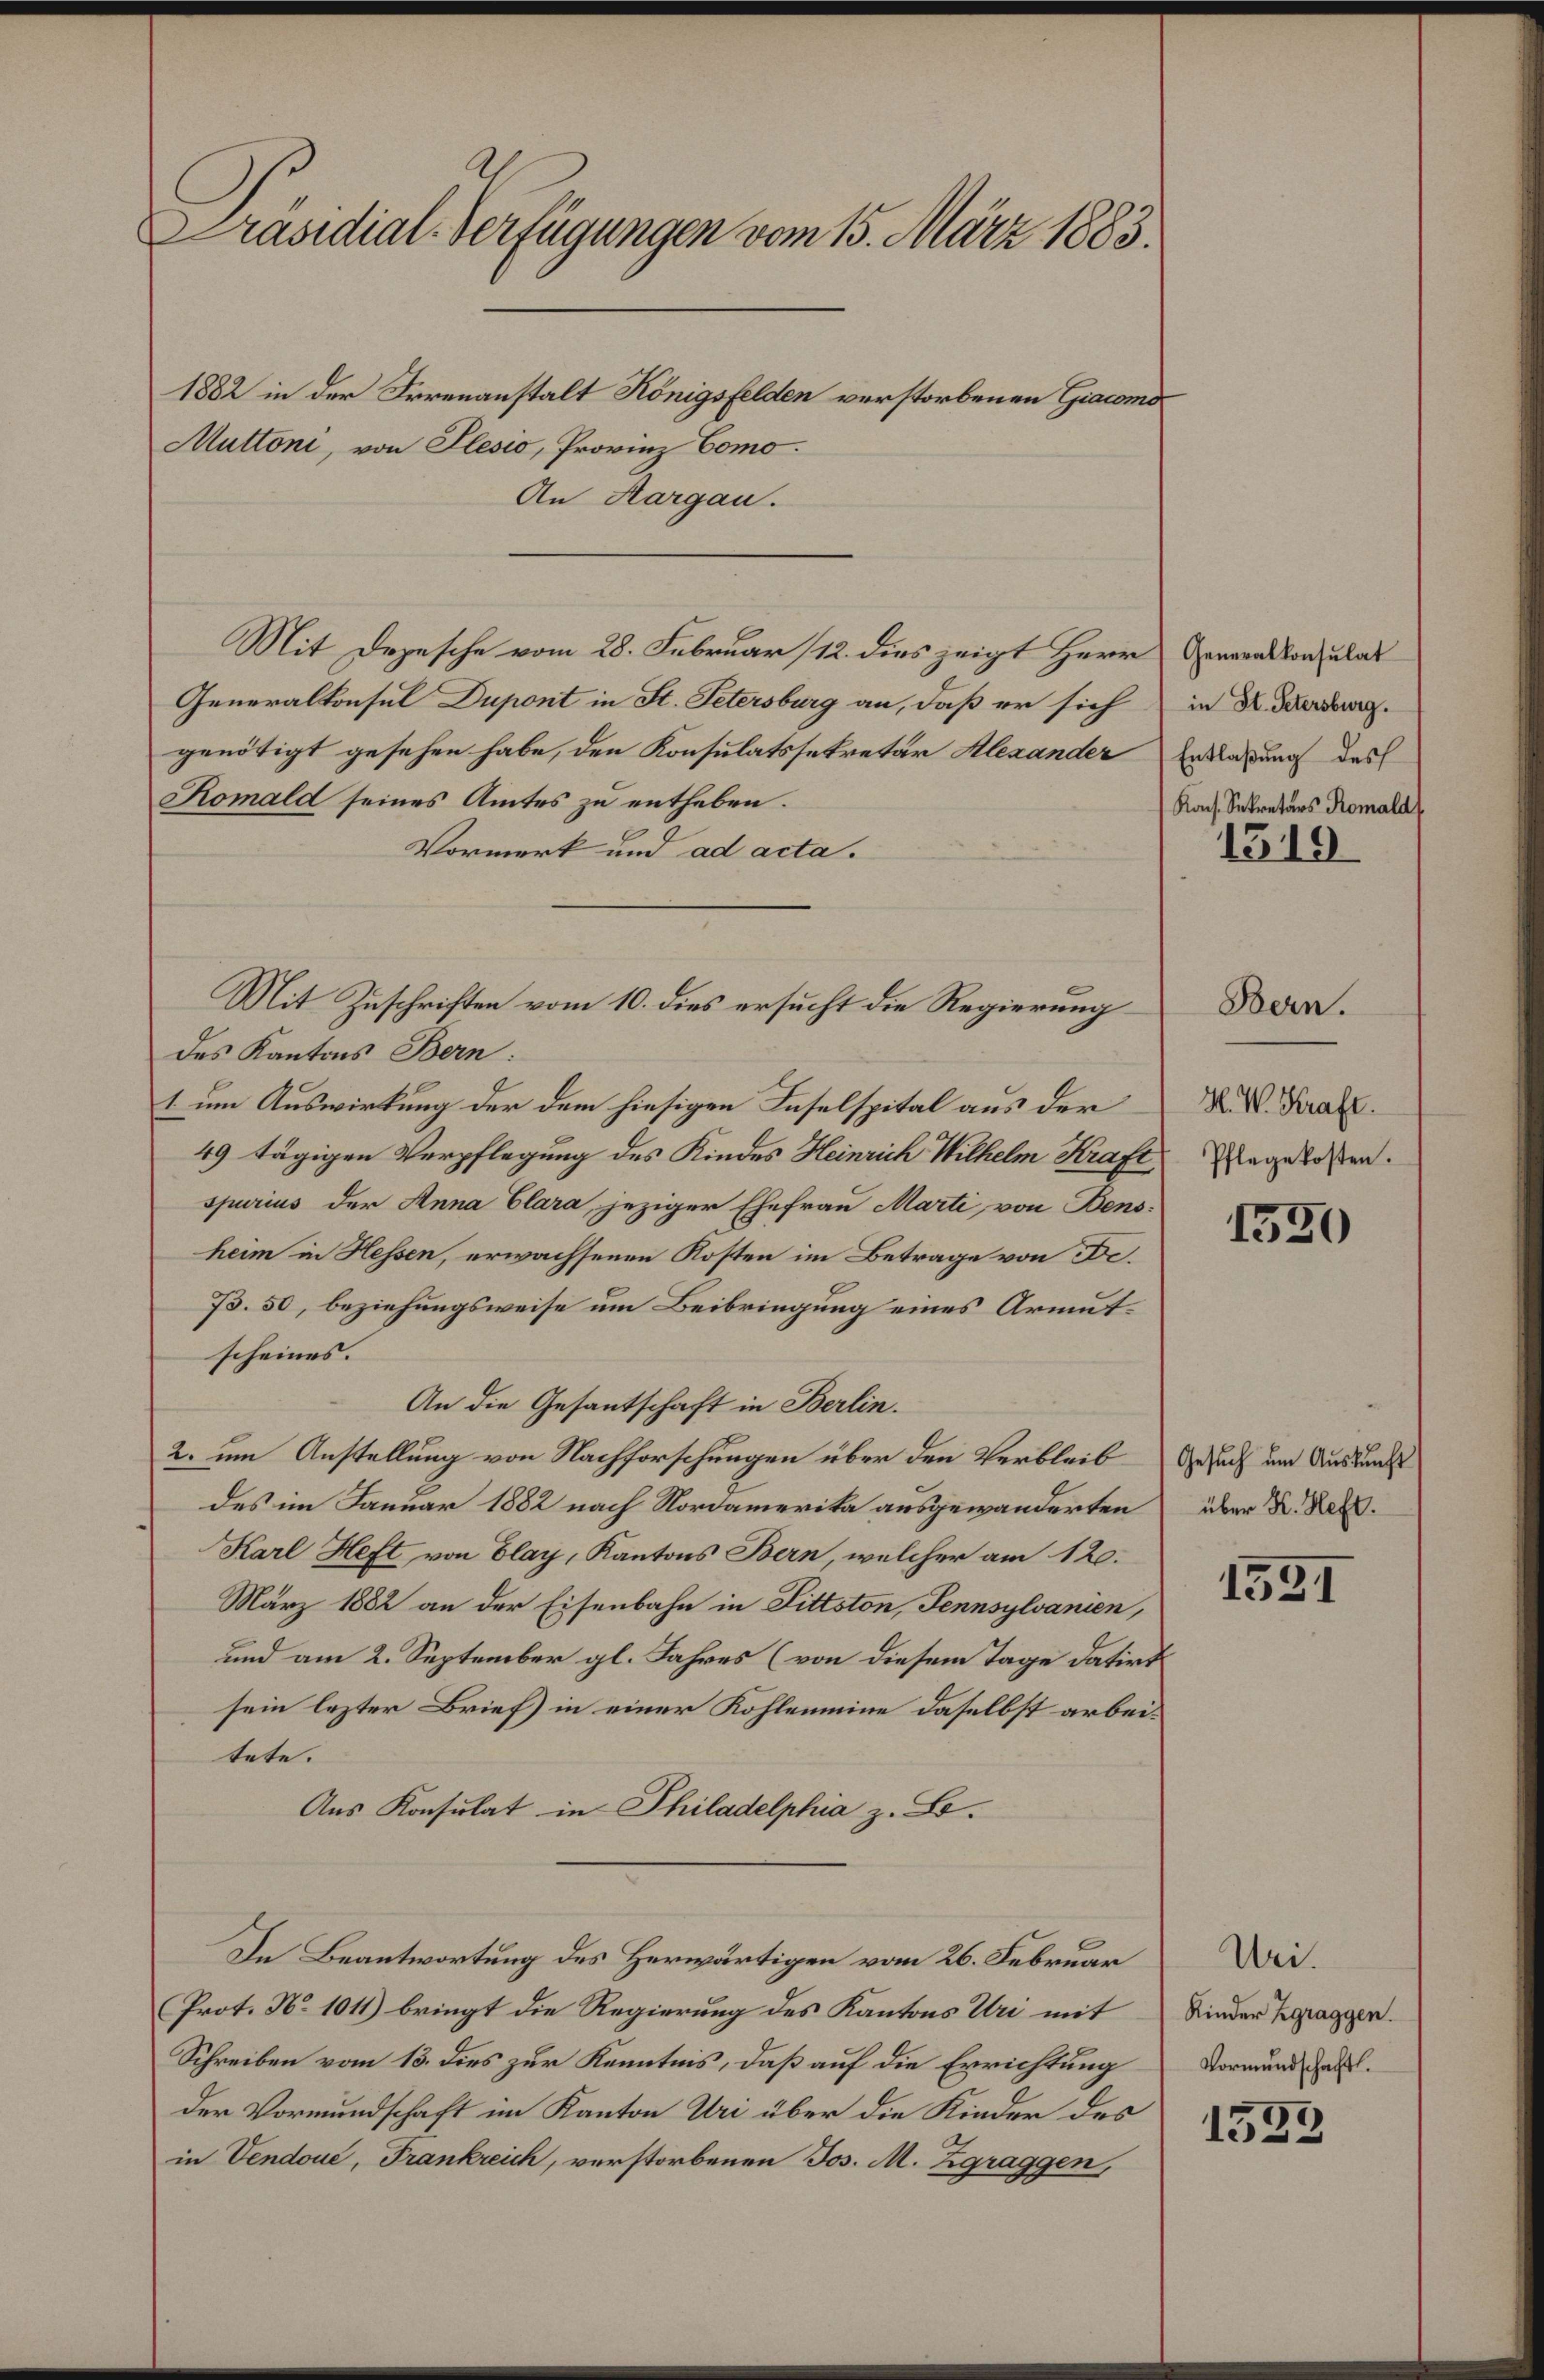
Präsidial-Verfügungen vom 15. März 1883.
1882 in der Irrenanstalt Königsfelden verstorbenen Giacomo

Muttoni, von Plesio, Provinz Como¬
An Aargau.
Mit Depesche vom 28. Februar 12. dies zeigt Herr Generalkonsulat
Generalkonsul Dupont in St. Petersburg an, daß er sich
genötigt gesehen habe, den Konsulatssekretär Alexander Erklärung des
Komald seines Amtes zu entheben.
Vormerk und ad acta.
des Kantons Bern:
1 um Auswirkung der dem hiesigen Inselspital aus der
49 tägigen Verpflegung des Kindes Heinrich Wilhelm Kraft
spurius der Anna Clara, jeziger Ehefrau Marti von Bensheim in Hessen, erwachsenen Kosten im Betrage von Be¬
B. 50, beziehungsweise um Beibringung eines Armutscheines.
An die Gesantschaft in Berlin.
2. um Anstellung von Nachforschungen über den Verbleib
des im Januar 1882 nach Nordamerika ausgewanderten
Karl Heft von Elay, Kantons Bern, welcher am 120.
März 1882 an der Eisenbahn in Pittston, Sennsylvanien,
und am 2. September gl. Jahres (von diesem Tage datirt
sein lezter Brief) in einer Kohleneine daselbst arbeitete.
Aus Konsulat in Philadelphia z. B.
In Beantwortung des Herwärtigen vom 26. Februar
Prot. No 1011) bringt die Regierung des Kantons Uri mit
Schreiben vom 13. dies zur Kenntnis, daß auf die Errichtung
der Vormundschaft im Kanton Uri über die Kinder des
in Vendoue, Frankreich, verstorbenen Jos. M. Zgraggen,

Mit Zuschriften vom 10. dies ersucht die Regierung

in St. Petersburg.
Kons. Sekretärs Romald

1519

H. W. Kraft.
Pflegekosten.

Bern.

1530

Gesuch um Auskunft
über H. Heft.

1531

Uei.
Kinder Zgraggen.
Vormundschaft.

1533